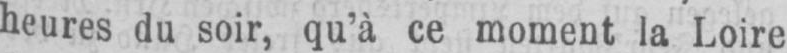
heures du soir, qu’à ce moment la Loire